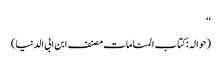
‘‘
(حوالہ :کتاب المناما ت مصنف ابن ابی الدنیا)